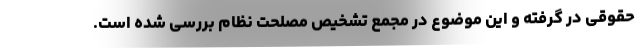
حقوقی در گرفته و این موضوع در مجمع تشخیص مصلحت نظام بررسی شده است.